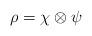
LaTeX: \begin{align*} \rho = \chi \otimes \psi\end{align*}